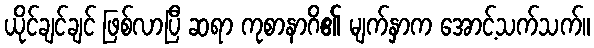
ယိုင်ချင်ချင် ဖြစ်လာပြီ ဆရာ ကုစာနာဂိ၏ မျက်နှာက အောင့်သက်သက်။